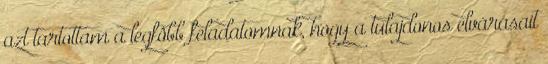
azt tartottam a legfôbb feladatomnak, hogy a tulajdonos elvárásait